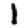
Digit: 1